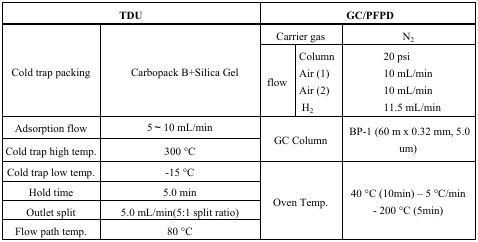
| <COLSPAN=2> TDU | <COLSPAN=3> GC/PFPD |
 | --- | --- | --- | --- | --- |
 | <ROWSPAN=5> Cold trap packing | <ROWSPAN=5> Carbopack B+Silica Gel | <COLSPAN=2> Carrier gas | N2 |
 | <ROWSPAN=4> flow | Column | 20 psi |
 | Air (1) | 10 mL/min |
 | Air (2) | 10 mL/min |
 | H2 | 11.5 mL/min |
 | Adsorption flow | 5∼10 mL/min | <ROWSPAN=2-COLSPAN=2> GC Column | <ROWSPAN=2> BP-1 (60 m × 0.32 mm, 5.0 um) |
 | Cold trap high temp. | 300 °C |
 | Cold trap low temp. | -15 °C | <ROWSPAN=4-COLSPAN=2> Oven Temp. | <ROWSPAN=2> 40 °C (10min) − 5 °C/min |
 | Hold time | 5.0 min |
 | Outlet split | 5.0 mL/min(5:1 split ratio) | <ROWSPAN=2> - 200 °C (5min) |
 | Flow path temp. | 80 °C |